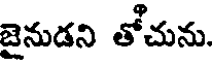
జైనుడని తోచును.